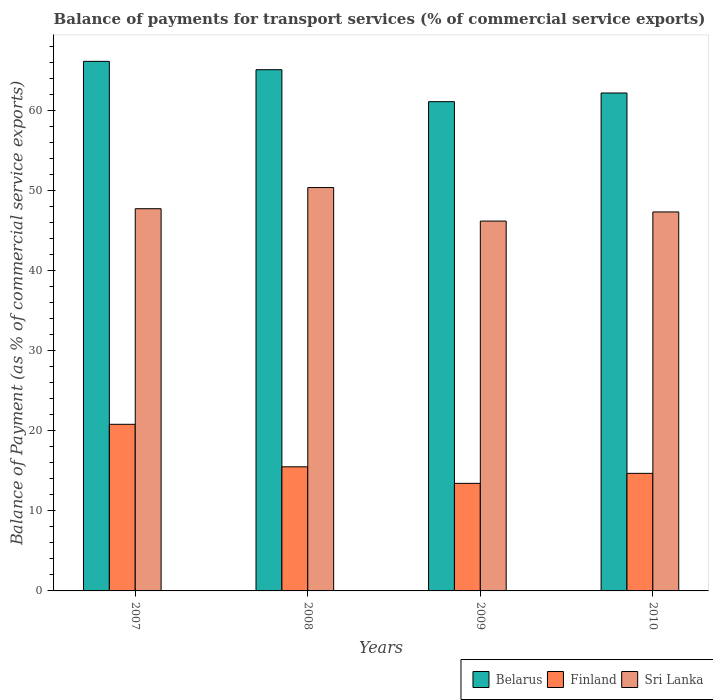
| Years | Belarus | Finland | Sri Lanka |
 | --- | --- | --- | --- |
 | 2007 | 66.2 | 20.8 | 47.7 |
 | 2008 | 65.1 | 15.5 | 50.4 |
 | 2009 | 61.1 | 13.4 | 46.2 |
 | 2010 | 62.2 | 14.7 | 47.3 |